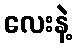
လေးနဲ့